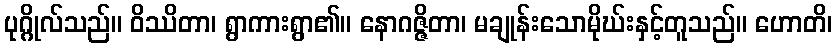
ပုဂ္ဂိုလ်သည်။ ဝိဿိတာ၊ ရွာကားရွာ၏။ နောဂဇ္ဇိတာ၊ မချုန်းသောမိုဃ်းနှင့်တူသည်။ ဟောတိ၊